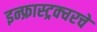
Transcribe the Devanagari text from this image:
इन्फ्रास्ट्रक्चरचे